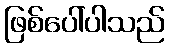
ဖြစ်ပေါ်ပါသည်